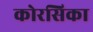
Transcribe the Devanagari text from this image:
कोरसिका